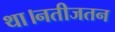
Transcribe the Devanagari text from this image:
था।नतीजतन